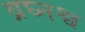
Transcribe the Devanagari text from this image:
व्रघ्नश्व